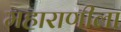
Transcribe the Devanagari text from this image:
महाराणीला